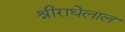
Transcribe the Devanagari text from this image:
श्रीराधेलाल